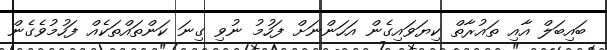
ބައިބަލް އާއި ތައުރާތް ކިޔަވައިގެން އަހަންނަށް ފަހުމު ނުވި ގިނަ ކަންތައްތަކެއް ފަހުމުވެގެން